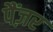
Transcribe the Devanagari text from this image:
पैंज़र